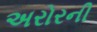
અરોરની